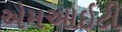
એમઆઇટી